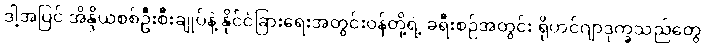
ဒါ့အပြင် အိန္ဒိယစစ်ဦးစီးချုပ်နဲ့ နိုင်ငံခြားရေးအတွင်းဝန်တို့ရဲ့ ခရီးစဉ်အတွင်း ရိုဟင်ဂျာဒုက္ခသည်တွေ